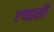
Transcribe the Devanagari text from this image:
एचइसी